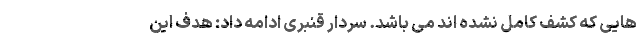
هایی که کشف کامل نشده اند می باشد. سردار قنبری ادامه داد: هدف این